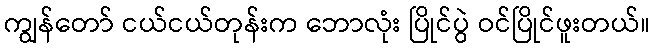
ကျွန်တော် ငယ်ငယ်တုန်းက ဘောလုံး ပြိုင်ပွဲ ဝင်ပြိုင်ဖူးတယ်။